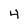
Character: 4